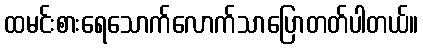
ထမင်းစားရေသောက်လောက်သာပြောတတ်ပါတယ်။